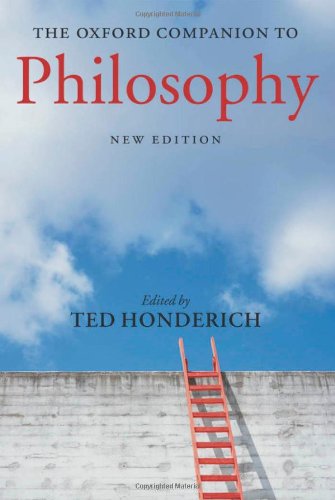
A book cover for The Oxford Companion to Philosophy New Edition; Politics & Social Sciences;